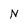
Character: N